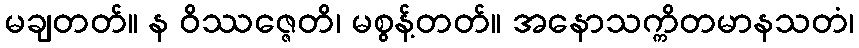
မချတတ်။ န ဝိဿဇ္ဇေတိ၊ မစွန့်တတ်။ အနောသက္ကိတမာနသတံ၊